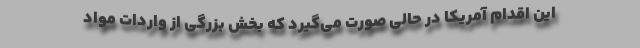
این اقدام آمریکا در حالی صورت می‌گیرد که بخش بزرگی از واردات مواد